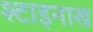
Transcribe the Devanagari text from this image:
श्टाइनाख